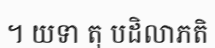
។ យទា តុ បដិលាភតិ